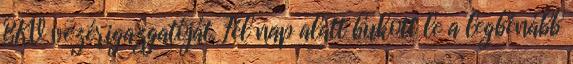
BKV vezérigazgatóját. Fél nap alatt bukott le a legbénább